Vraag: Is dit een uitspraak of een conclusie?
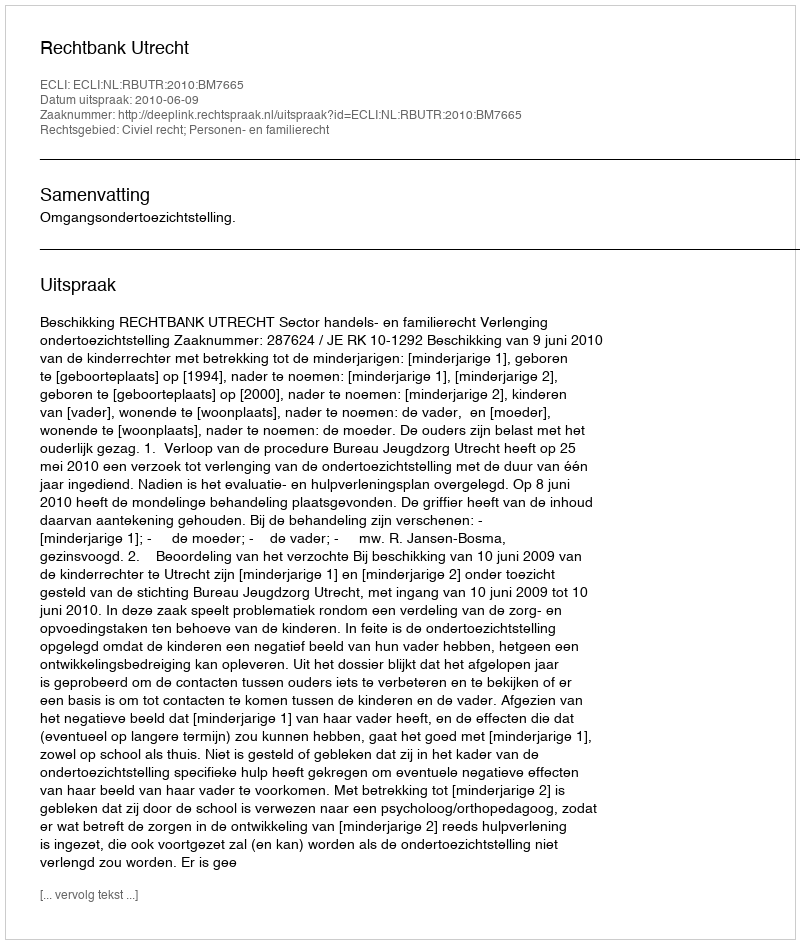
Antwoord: Uitspraak